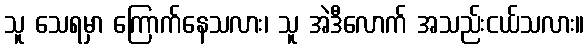
သူ သေရမှာ ကြောက်နေသလား၊ သူ အဲဒီလောက် အသည်းငယ်သလား။